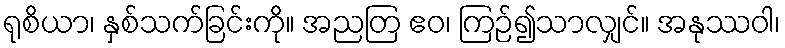
ရုစိယာ၊ နှစ်သက်ခြင်းကို။ အညတြ ဧဝ၊ ကြဉ်၍သာလျှင်။ အနုဿဝါ၊